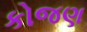
કોજણ